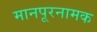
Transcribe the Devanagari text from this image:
मानपूरनामक